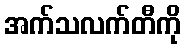
အက်သလက်တီကို